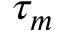
\tau _ { m }